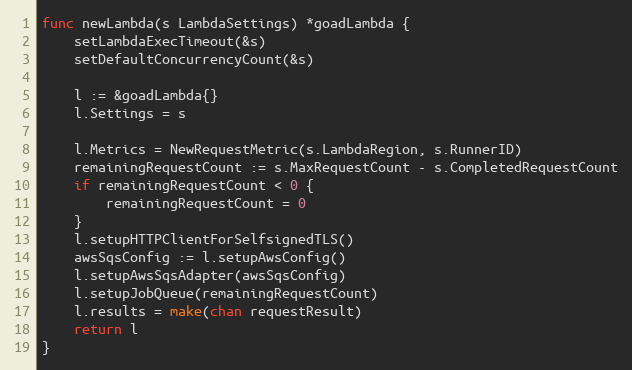
Language: Go
func newLambda(s LambdaSettings) *goadLambda {
	setLambdaExecTimeout(&s)
	setDefaultConcurrencyCount(&s)

	l := &goadLambda{}
	l.Settings = s

	l.Metrics = NewRequestMetric(s.LambdaRegion, s.RunnerID)
	remainingRequestCount := s.MaxRequestCount - s.CompletedRequestCount
	if remainingRequestCount < 0 {
		remainingRequestCount = 0
	}
	l.setupHTTPClientForSelfsignedTLS()
	awsSqsConfig := l.setupAwsConfig()
	l.setupAwsSqsAdapter(awsSqsConfig)
	l.setupJobQueue(remainingRequestCount)
	l.results = make(chan requestResult)
	return l
}